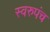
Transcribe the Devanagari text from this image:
स्वरुपंच